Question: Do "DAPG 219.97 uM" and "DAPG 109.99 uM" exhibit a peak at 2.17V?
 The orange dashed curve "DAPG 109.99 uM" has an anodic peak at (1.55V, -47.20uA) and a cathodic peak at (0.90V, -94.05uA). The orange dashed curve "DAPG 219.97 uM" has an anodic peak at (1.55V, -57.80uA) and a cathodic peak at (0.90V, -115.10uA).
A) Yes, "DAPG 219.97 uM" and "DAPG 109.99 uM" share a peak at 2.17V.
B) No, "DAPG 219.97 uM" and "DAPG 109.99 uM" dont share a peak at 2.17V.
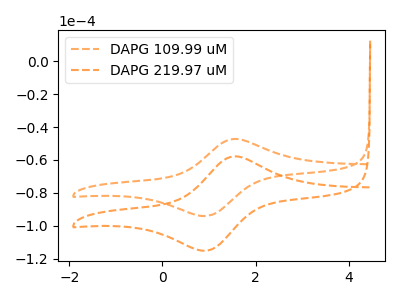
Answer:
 <answer>B) No, "DAPG 219.97 uM" and "DAPG 109.99 uM" dont share a peak at 2.17V.</answer>
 <eval>B</eval>